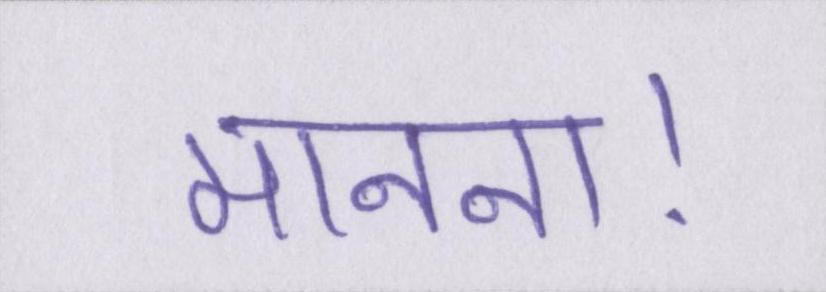
मानना।